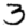
Digit: 3